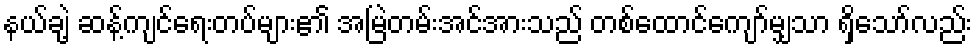
နယ်ချဲ့ ဆန့်ကျင်ရေးတပ်များ၏ အမြဲတမ်းအင်အားသည် တစ်ထောင်ကျော်မျှသာ ရှိသော်လည်း